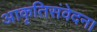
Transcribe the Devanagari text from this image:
आकृतिसंवेदन।